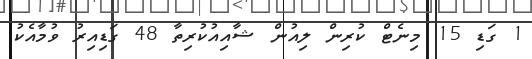
1 ގަޑި 15 މިނެޓް ކުރިން ލިއުން ޝާއިއުކުރިތާ 48 ގަޑިއިރު ވުމާއެކު